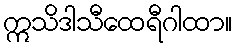
ဣသိဒါသီထေရီဂါထာ။